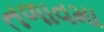
તળાવમા